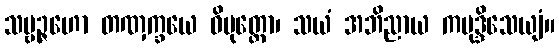
သဗ္ဗဉ္ဇဟော တဏှက္ခယေ ဝိမုတ္တော၊ သယံ အဘိညာယ ကမုဒ္ဒိသေယျံ။